Report on vaccination in Madras 1895-1903 - 1895-1903
Year: 1895
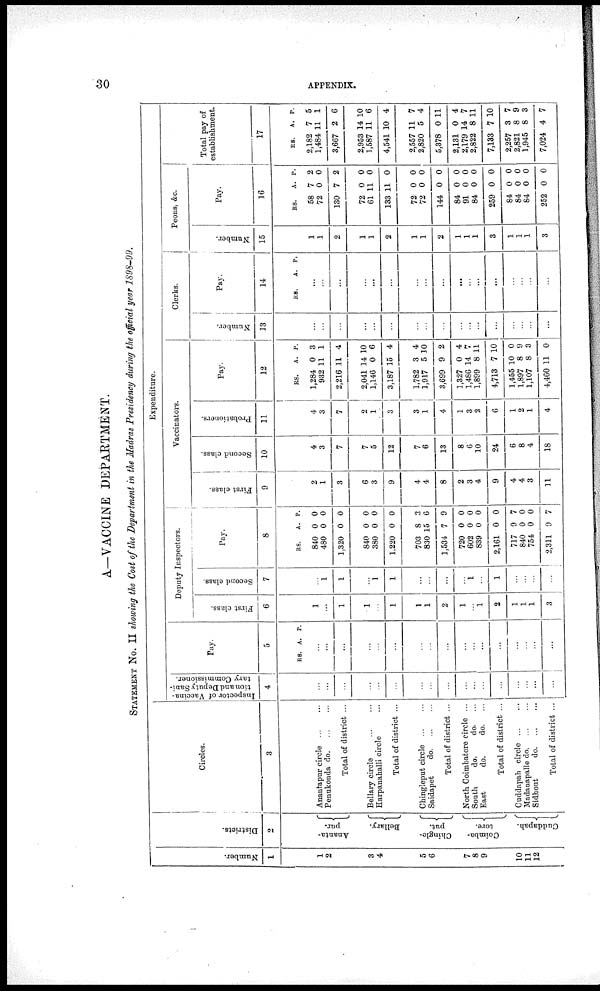
30
APPENDIX.
A—VACCINE DEPARTMENT.
STATEMENT No. II showing the Cost of the Department in the Madras Presidency during the official year 1898-99.
Number.
1
1
2
3
4
5
6
7
8
9
10
11
12
Districts.
2
Ananta-
pur.
Bellary.
Chingle-
put.
Coimba-
tore.
Cuddapah.
Circles.
3
Anantapur circle
...
...
Penukonda
do. ... ...
Total of district ...
Bellary circle
...
...
Harpanahalli circle ...
Total of district ...
Chingleput circle
...
...
Saidapet
do. ... ...
Total of district ...
North Coimbatore circle ...
South
do.
do. ...
East
do.
do. ...
Total of district ...
Cuddapah circle
...
...
Madanapalle do. ... ...
Sidhout
do. ... ...
Total of district ...
Expenditure.
Inspector of Vaccina-
tion and Deputy Sani-
tary Commissioner.
4
...
...
...
...
...
...
...
...
...
...
...
...
...
...
...
...
...
Pay.
5
RS. A. P.
...
...
...
...
...
...
...
...
...
...
...
...
...
...
...
...
...
Deputy Inspectors.
First class.
6
1
...
1
1
...
1
1
1
2
1
...
1
2
1
1
1
3
Second class.
7
...
1
1
...
1
1
...
...
...
...
1
...
1
...
...
...
...
Pay.
8
RS.
840
480
1,320
840
380
1,220
703
830
1,534
720
602
839
2,161
717
840
754
2,311
A.
0
0
0
0
0
0
8
15
7
0
0
0
0
9
0
0
9
P.
0
0
0
0
0
0
3
6
9
0
0
0
0
7
0
0
7
Vaccinators.
First class.
9
2
1
3
6
3
9
4
4
8
2
3
4
9
4
4
3
11
Second class.
10
4
3
7
7
5
12
7
6
13
8
6
10
24
6
8
4
18
Probationers.
11
4
3
7
2
1
3
3
1
4
1
3
2
6
1
2
1
4
Pay.
12
RS.
1,284
932
2,216
2,041
1,146
3,187
1,782
1,917
3,699
1,327
1,486
1,899
4,713
1,455
1,897
1,107
4,460
A.
0
11
11
14
0
15
3
5
9
0
14
8
7
10
8
8
11
P.
3
1
4
10
6
4
4
10
2
4
7
11
10
0
9
3
0
Clerks.
Number.
13
...
...
...
...
...
...
...
...
...
...
...
...
...
...
...
...
...
Pay.
14
RS.
A. P.
...
...
...
...
...
...
...
...
...
...
...
...
...
...
...
...
...
Peons, &c.
Number.
15
1
1
2
1
1
2
1
1
2
1
1
1
3
1
1
1
3
Pay.
16
RS.
58
72
130
72
61
133
72
72
144
84
91
84
259
84
84
84
252
A.
7
0
7
0
11
11
0
0
0
0
0
0
0
0
0
0
0
P.
2
0
2
0
0
0
0
0
0
0
0
0
0
0
0
0
0
Total pay of
establishment.
17
RS.
2,182
1,484
3,667
2,953
1,587
4,541
2,557
2,820
5,378
2,131
2,179
2,822
7,133
2,257
2,821
1,945
7,024
A.
7
11
2
14
11
10
11
5
0
0
14
8
7
3
8
8
4
P.
5
1
6
10
6
4
7
4
11
4
7
11
10
7
9
3
7